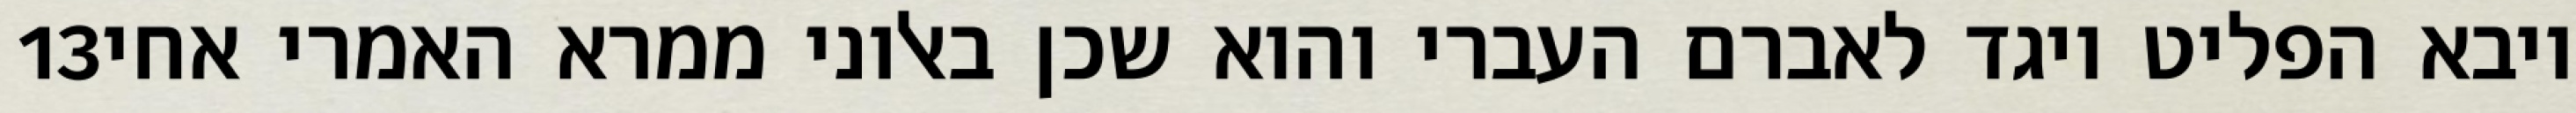
‎13‏ ויבא הפליט ויגד לאברם העברי והוא שכן באלוני ממרא האמרי אחי